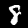
Label: 8